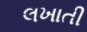
લખાતી